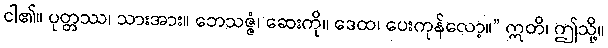
ငါ၏။ ပုတ္တဿ၊ သားအား။ ဘေသဇ္ဇံ၊ ဆေးကို။ ဒေထ၊ ပေးကုန်လော့။” ဣတိ၊ ဤသို့။